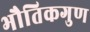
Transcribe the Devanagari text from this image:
भौतिकगुण